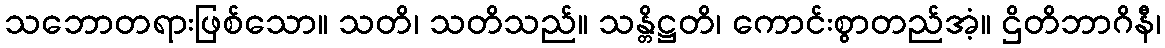
သဘောတရားဖြစ်သော။ သတိ၊ သတိသည်။ သန္တိဋ္ဌတိ၊ ကောင်းစွာတည်အံ့။ ဌိတိဘာဂိနီ၊